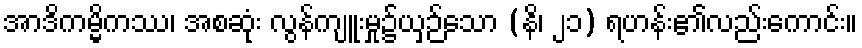
အာဒိကမ္မိကဿ၊ အစဆုံး လွန်ကျူးမှု၌ယှဉ်သော (နိ၊ ၂၁) ရဟန်း၏လည်းကောင်း။